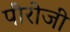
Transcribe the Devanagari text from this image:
पीरोजी